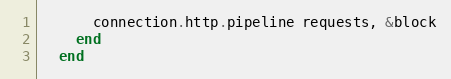
Language: Ruby
      connection.http.pipeline requests, &block
    end
  end